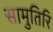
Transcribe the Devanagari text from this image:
सामुतिरि